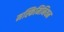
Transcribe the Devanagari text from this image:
मस्किमिनियन